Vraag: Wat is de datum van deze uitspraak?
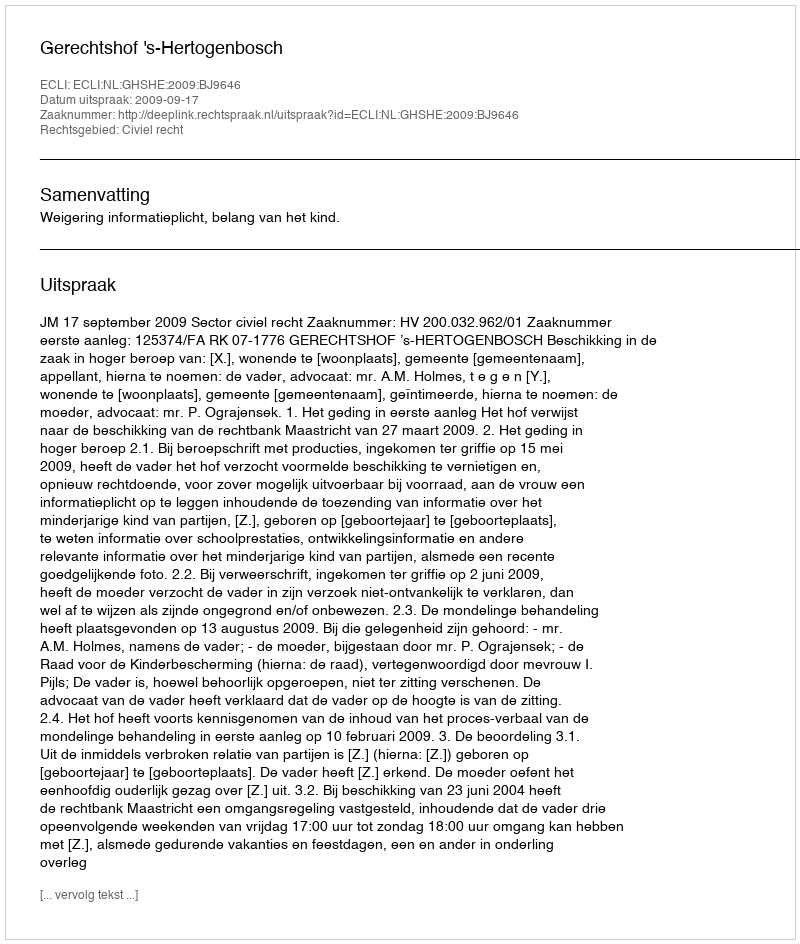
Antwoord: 2009-09-17